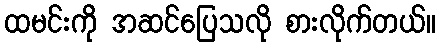
ထမင်းကို အဆင်ပြေသလို စားလိုက်တယ်။